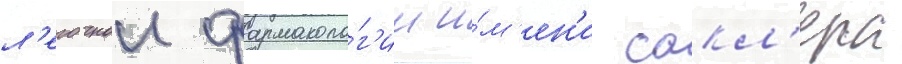
л'егочнои фармаколо́г'ии и́м'ен'и сакл'ера